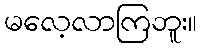
မလေ့လာကြဘူး။